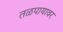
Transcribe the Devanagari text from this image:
तळपायावर